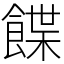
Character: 䭎